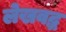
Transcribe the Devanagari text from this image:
लेखवद्ध